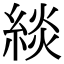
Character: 緂